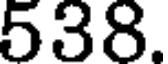
538.